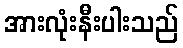
အားလုံးနီးပါးသည်